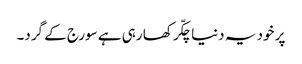
پر خود یہ دنیا چکّر کھا رہی ہے سورج کے گرد۔